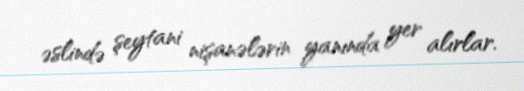
əslində şeytani nişanələrin yanında yer alırlar.